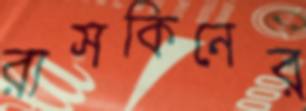
রাসকিনের